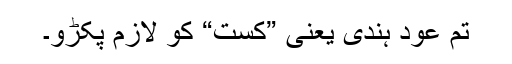
تم عودِ ہندی یعنی ”کست“ کو لازم پکڑو۔